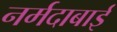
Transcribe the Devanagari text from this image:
नर्मदाबाई